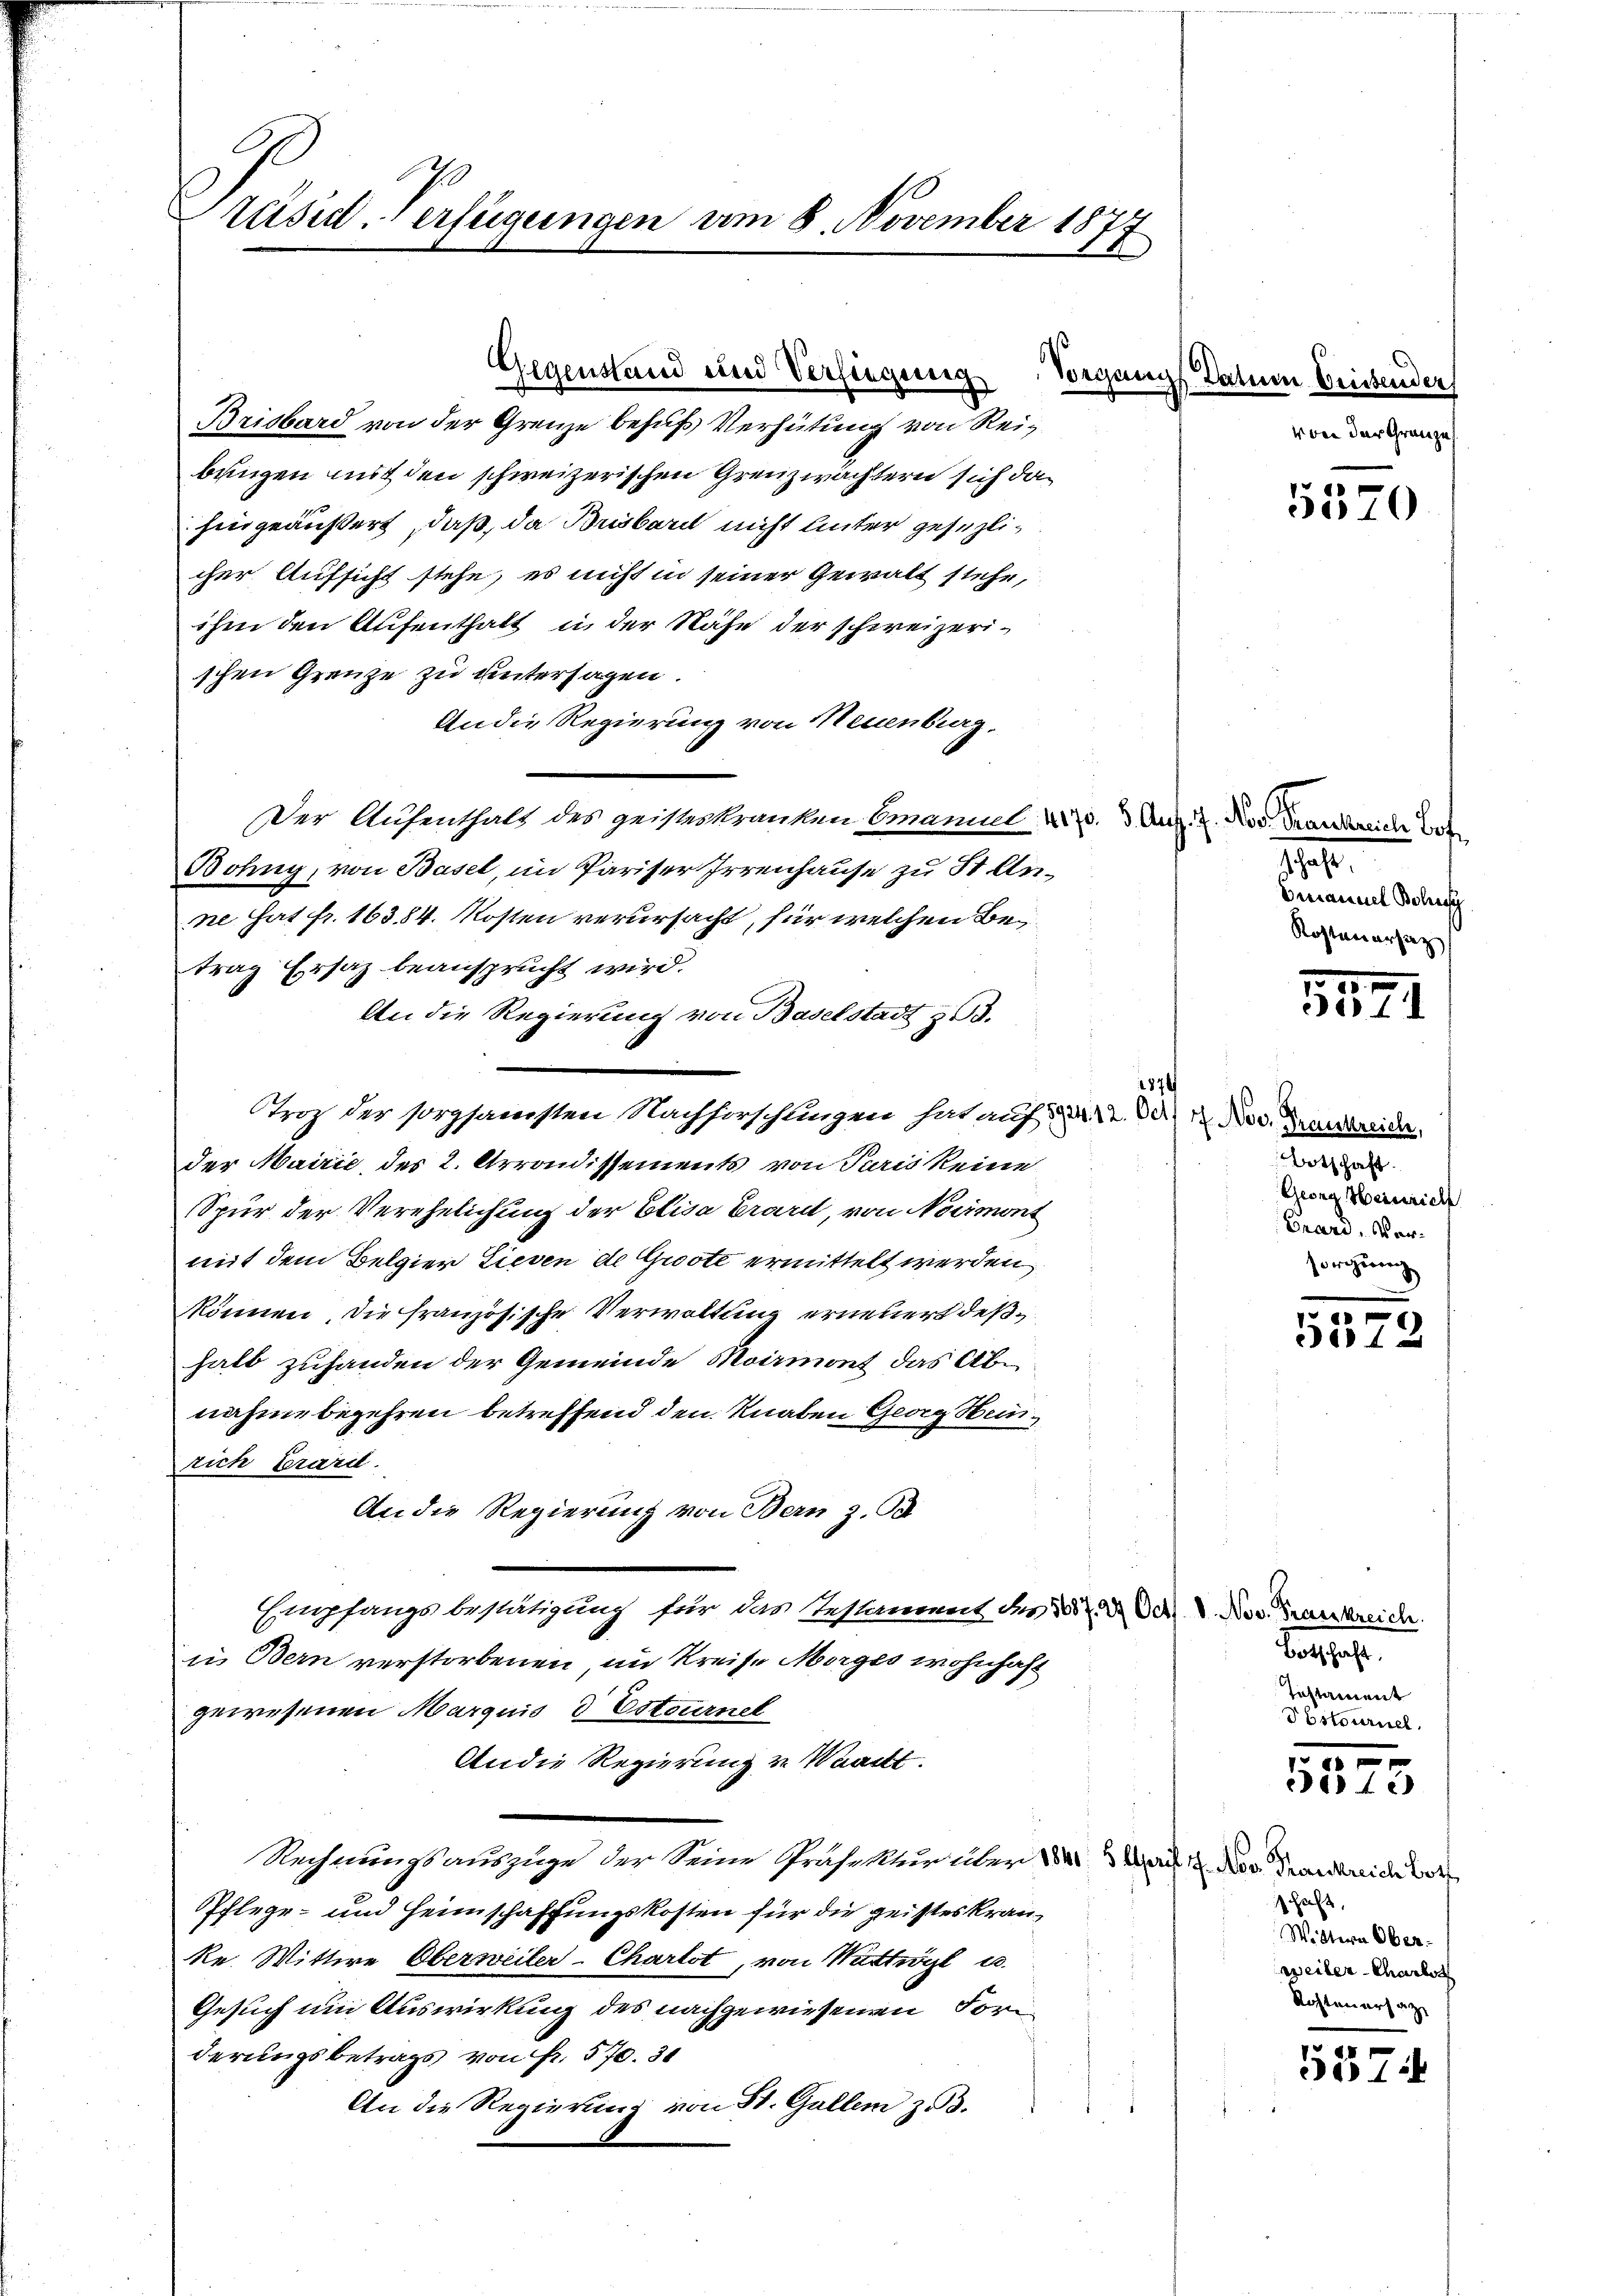
Präsid-Verfügungen vom 8. November 1877

Brisbard von der Grenze behufs Verhütung von Reibungen mit den schweizerischen Grenzwächtern sich dahingeäußert, daß, da Brisbar nicht Unter gesezlicher Aufsicht stehe, es nicht in seiner Gewalt stehe,
ihm den Aufenthalt in der Nähe der schweizerischen Grenze zu untersagen.
An die Regierung von Neuenburg,
Der Aufenthalt des geisteskranken Emanuel 2. 3. Aug. 2. Nov. Frankreiche Ert
Bohny, von Basel, im Pariser Irrenhause zu St. Arne hat fr. 16384. Kosten verursacht, für welchen Betrag Ersatz beansprucht wird.
An die Regierung von Baselstadt 353.
Stroz der sorgsamsten Nachforschlingen hat auf § 22. Der 4. Nov. Landreide.
der Mairić, des 2. Arrondissements von Paris keine
Spur der Verehelichung der Elisa Crard, von Normont
mit dem Belgier Lieben de Groote ermittelt werden,
können, die französische Verwaltung erneuert deßhalt zufanden der Gemeinde Moirmont das Abnahme begehren betreffend den Knaben Georg Heinrich Grard.
An die Regierung von Bern z. B
Empfangsbestätigung für das Testament des 25. Oct. V. Nov. Frankreicher.
in Bern verstorbenen, im Kreise Morges wohnhaft
gewesenen Marquis d Estournel
An die Regierung zu Waadt.
Rechnungsauszuge der Seine Prasektur über der 2 Mai 18. Nov. Frankreich Vor
Pflege- und Heimschaffungskosten für die geisteskran¬
Re. Wittwe Oberweiler-Chartet, von Wattwögl u
Gesuch um Auswirkung des nachgewiesenen Forderungsbetrags von Fr. 570. 31
An die Regierung von St. Gallem z. B.

Gegenstand und Versiegung

1876

1110.
Emanuel Bohres
Kostenersatz

Botschaft.
Georg Heinrich
Brand, verorgherrenz

Vorgangs Datum Crissender
eben der Grenze

5570

.
551

0
5572

Botschaft.
Testament
PEstournel

1
312)

schaft,
Wittern Ober-
weiler-Charlot
Rochtenersatz

.
3374